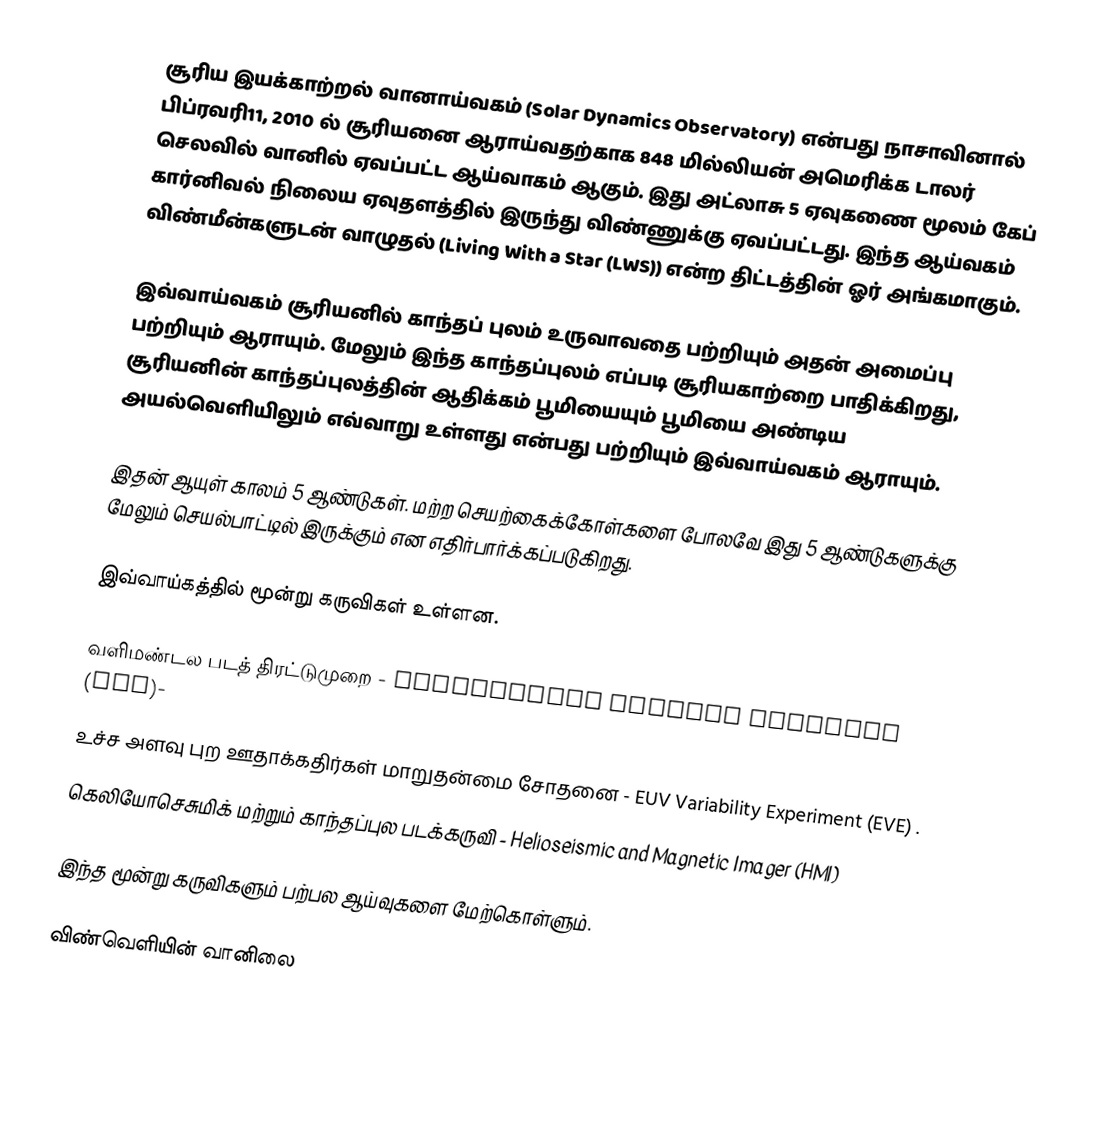
சூரிய இயக்காற்றல் வானாய்வகம் (Solar Dynamics Observatory) என்பது நாசாவினால் பிப்ரவரி11, 2010 ல் சூரியனை ஆராய்வதற்காக 848 மில்லியன் அமெரிக்க டாலர் செலவில் வானில் ஏவப்பட்ட ஆய்வாகம் ஆகும். இது அட்லாசு 5 ஏவுகணை மூலம் கேப் கார்னிவல் நிலைய ஏவுதளத்தில் இருந்து விண்ணுக்கு ஏவப்பட்டது. இந்த ஆய்வகம் விண்மீன்களுடன் வாழுதல் (Living With a Star (LWS)) என்ற திட்டத்தின் ஓர் அங்கமாகும்.

இவ்வாய்வகம் சூரியனில் காந்தப் புலம் உருவாவதை பற்றியும் அதன் அமைப்பு பற்றியும் ஆராயும். மேலும் இந்த காந்தப்புலம் எப்படி சூரியகாற்றை பாதிக்கிறது, சூரியனின் காந்தப்புலத்தின் ஆதிக்கம் பூமியையும் பூமியை அண்டிய அயல்வெளியிலும் எவ்வாறு உள்ளது என்பது பற்றியும் இவ்வாய்வகம் ஆராயும்.

இதன் ஆயுள் காலம் 5 ஆண்டுகள். மற்ற செயற்கைக்கோள்களை போலவே இது 5 ஆண்டுகளுக்கு மேலும் செயல்பாட்டில் இருக்கும் என எதிர்பார்க்கப்படுகிறது.

இவ்வாய்கத்தில் மூன்று கருவிகள் உள்ளன.

 வளிமண்டல படத் திரட்டுமுறை - Atmospheric Imaging Assembly (AIA)-
 உச்ச அளவு புற ஊதாக்கதிர்கள் மாறுதன்மை சோதனை - EUV Variability Experiment (EVE) .
 கெலியோசெசுமிக் மற்றும் காந்தப்புல படக்கருவி - Helioseismic and Magnetic Imager (HMI)

இந்த மூன்று கருவிகளும் பற்பல ஆய்வுகளை மேற்கொள்ளும்.

விண்வெளியின் வானிலை